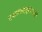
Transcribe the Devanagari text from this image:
टपालवाहतूकीमधून